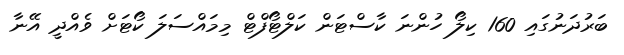
ބަރުދަނުގައި 160 ކިލޯ ހުންނަ ކާސްޓަން ކަލްޓޯފްޓް މިމައްސަލަ ކޯޓަށް ވެއްދީ އޭނާ